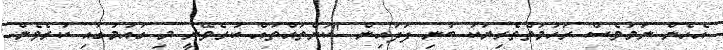
އެހެން ނަމަވެސް ރަހުމަތްތެރިޔަކު ބުނި ފަދައިން "ކަންތައްތައް ކުރެވޭނީ މި ގައުމުގައި ކުރެވެން